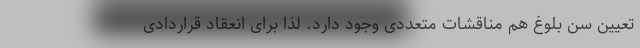
تعیین سن بلوغ هم مناقشات متعددی وجود دارد. لذا برای انعقاد قراردادی